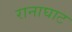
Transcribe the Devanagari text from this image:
रानाघाट